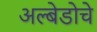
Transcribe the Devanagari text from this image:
अल्बेडोचे